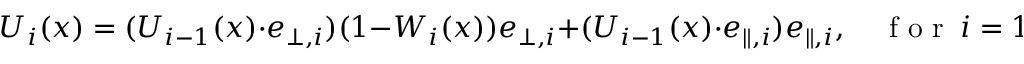
\boldsymbol { U } _ { i } ( \boldsymbol { x } ) = ( \boldsymbol { U } _ { i - 1 } ( \boldsymbol { x } ) \cdot \boldsymbol { e } _ { \bot , i } ) ( 1 - W _ { i } ( \boldsymbol { x } ) ) \boldsymbol { e } _ { \bot , i } + ( \boldsymbol { U } _ { i - 1 } ( \boldsymbol { x } ) \cdot \boldsymbol { e } _ { \parallel , i } ) \boldsymbol { e } _ { \parallel , i } , \quad \mathrm { ~ f ~ o ~ r ~ } \ i = 1 , . . . . , N _ { t }